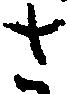
さ